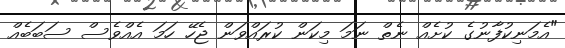
"އެމަނިކުފާނުގެ ކުށެއް ނެތް ނަމަ މިކަން ކުރައްވަން ޖެހޭ ހަމަ އެއްވެސް ސަބަބެއް